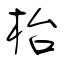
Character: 枱